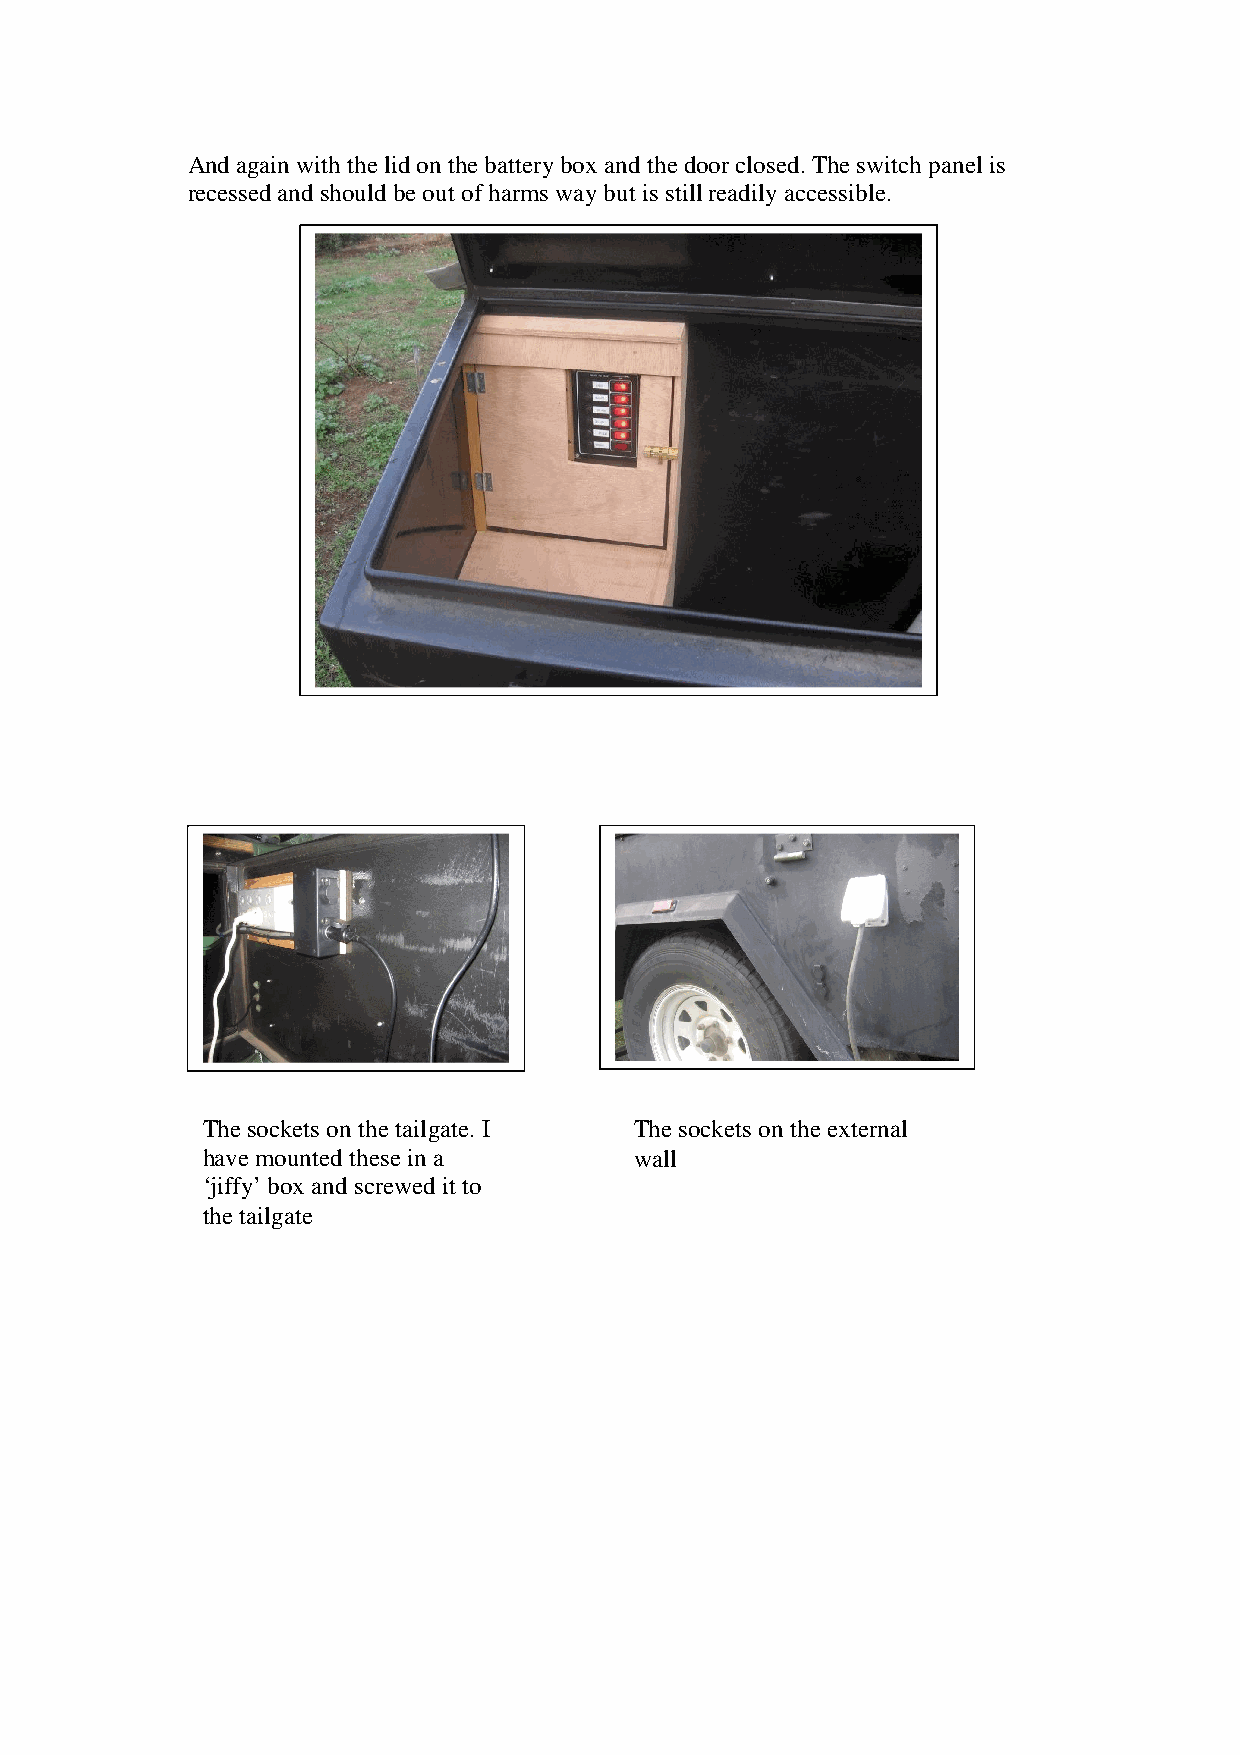
And again with the lid on the battery box and the door closed. The switch panel is
 recessed and should be out of harms way but is still readily accessible.
 The sockets on the tailgate. I The sockets on the external
 have mounted these in a      wall
 ‘jiffy’ box and screwed it to
 the tailgate